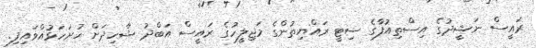
ރައީސް ނަޝީދުގެ އިސްތިއުފާގެ ސިޓީ ރައްޔިތުންގެ މަޖިލީހުގެ ރައީސް އަބްދު ޝާހިދަށް ހުށަހަޅުއްވައިފި.